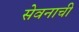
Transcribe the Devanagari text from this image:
सेवनाची